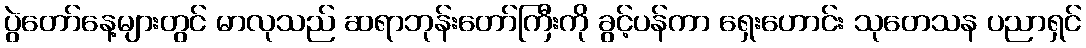
ပွဲတော်နေ့များတွင် မာလုသည် ဆရာဘုန်းတော်ကြီးကို ခွင့်ပန်ကာ ရှေးဟောင်း သုတေသန ပညာရှင်